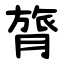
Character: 膂